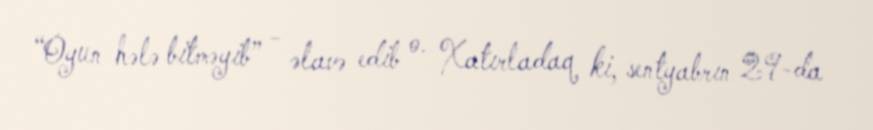
“Oyun hələ bitməyib” - əlavə edib o. Xatırladaq ki, sentyabrın 29-da